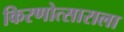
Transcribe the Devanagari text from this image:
किरणोत्साराला